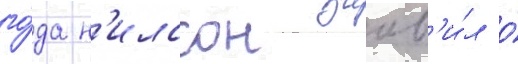
го́да н'илссон заав'и́л о́